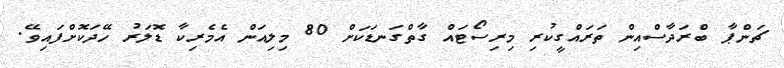
ޗަންޕާ ބްރަދާސްއިން ތަރައްގީކުރި މިރިސޯޓައް ގާތްގަނޑަކަށް 80 މިލިއަން އެމެރިކާ ޑޮލަރު ހޭދަކޮށްފައިވޭ.